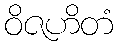
ဝိဇဟိတံ